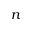
\boldsymbol { n }